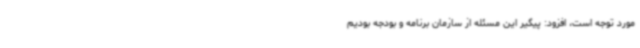
مورد توجه است، افزود: پیگیر این مسئله از سازمان برنامه و بودجه بودیم